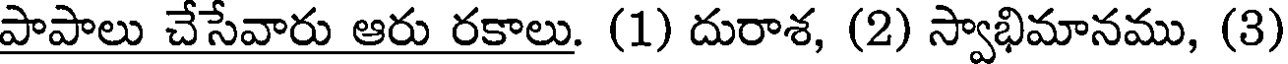
పాపాలు చేసేవారు ఆరు రకాలు. (1) దురాశ, (2) స్వాభిమానము, (3)